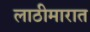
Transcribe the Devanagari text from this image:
लाठीमारात